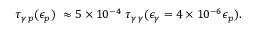
\tau _ { \gamma \, p } ( \epsilon _ { p } ) ~ \approx 5 \times 1 0 ^ { - 4 } ~ \tau _ { \gamma \, \gamma } ( \epsilon _ { \gamma } = 4 \times 1 0 ^ { - 6 } \epsilon _ { p } ) .